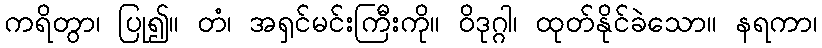
ကရိတွာ၊ ပြု၍။ တံ၊ အရှင်မင်းကြီးကို။ ဝိဒုဂ္ဂါ၊ ထုတ်နိုင်ခဲသော။ နရကာ၊